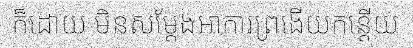
ក៏ដោយ មិនសម្តែងអាការព្រងើយកន្តើយ